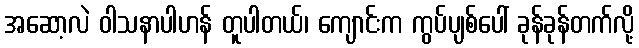
အဆော့လဲ ဝါသနာပါဟန် တူပါတယ်၊ ကျောင်းက ကွပ်ပျစ်ပေါ် ခုန်ခုန်တက်လို့